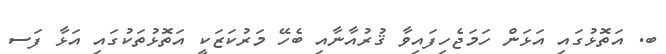
ބ. އަތޮޅުގައި އަޅަން ހަމަޖެހިފައިވާ ޤުރުއާނާއި ބެހޭ މަރުކަޒަކީ އަތޮޅުތަކުގައި އަޅާ ފަސ